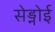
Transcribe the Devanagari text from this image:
सेड्नोई